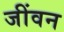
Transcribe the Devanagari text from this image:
जींवन